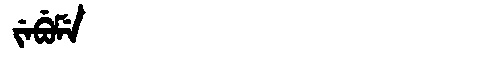
Manchu: ᠵᡝᠪᡠᠮᡝ
Romanization: JEBUME